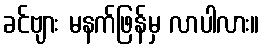
ခင်ဗျား မနက်ဖြန်မှ လာပါလား။